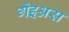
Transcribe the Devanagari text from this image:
गेइअस